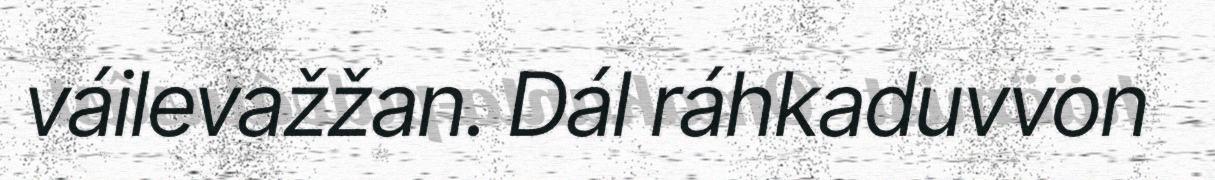
váilevažžan. Dál ráhkaduvvon